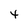
Character: 4